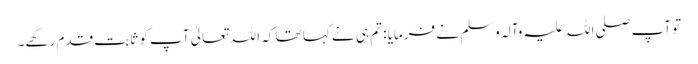
تو آپ صلی اللہ علیہ وآلہ وسلم نے فرمایا : تم ہی نے کہا تھا کہ اللہ تعالیٰ آپ کو ثابت قدم رکھے۔